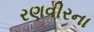
રણવીરના